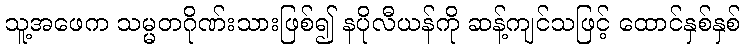
သူ့အဖေက သမ္မတဂိုဏ်းသားဖြစ်၍ နပိုလီယန်ကို ဆန့်ကျင်သဖြင့် ထောင်နှစ်နှစ်